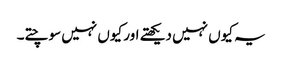
یہ کیوں نہیں دیکھتے اور کیوں نہیں سوچتے۔